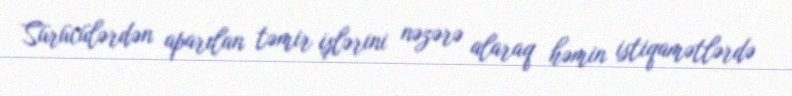
Sürücülərdən aparılan təmir işlərini nəzərə alaraq həmin istiqamətlərdə